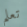
تعلم